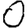
Digit: 0